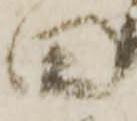
田